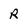
Character: R